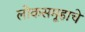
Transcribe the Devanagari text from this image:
लोकसमूहाचे